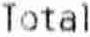
TOTAL